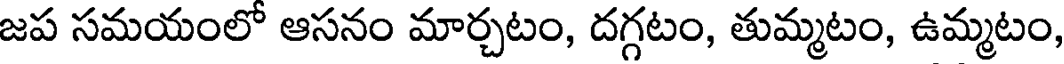
జప సమయంలో ఆసనం మార్చటం, దగ్గటం, తుమ్మటం, ఉమ్మటం